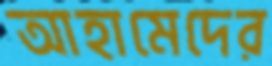
আহামেদের